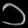
Digit: ၁